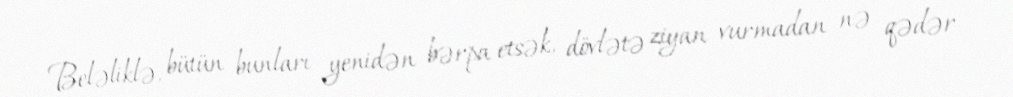
Beləliklə, bütün bunları yenidən bərpa etsək, dövlətə ziyan vurmadan nə qədər